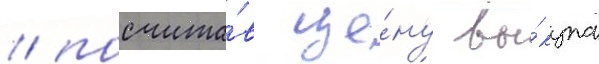
/ посчита́в це́ну вы́купа